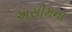
અસીમના